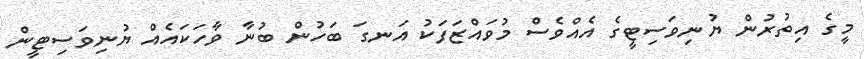
މީގެ އިތުރުން ޔުނިވަސިޓީގެ އެއްވެސް މުވައްޒަފަކު އަނގަ ބަހުން ބުނާ ވާހަކައެއް ޔުނިވަސިޓީން